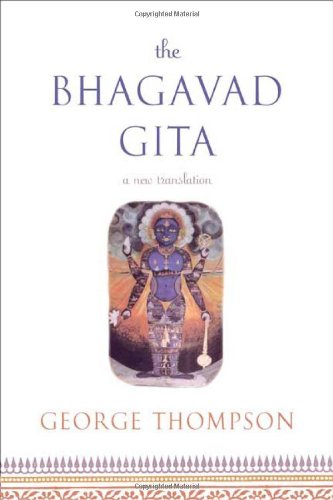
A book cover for The Bhagavad Gita: A New Translation; George Thompson; Religion & Spirituality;